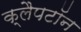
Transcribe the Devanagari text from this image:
क्लैपटॉन